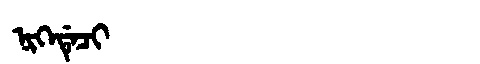
Manchu: ᠨᡳᡴᡝᡩᡝᠴᡳ
Romanization: NIKEDECI